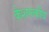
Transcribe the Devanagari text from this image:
केशरूकीय